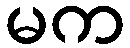
မက